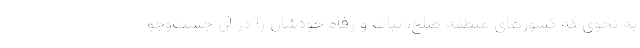
به نحوی که کشورهای منطقه صلح، ثبات و رفاه خودشان را در آن جست‌وجو